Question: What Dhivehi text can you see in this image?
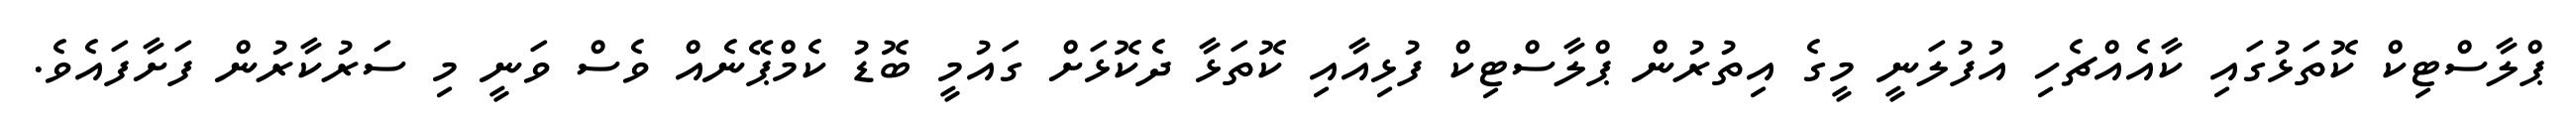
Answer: ޕްލާސްޓިކް ކޮތަޅުގައި ކާއެއްޗެހި އުފުލަނީ މީގެ އިތުރުން ޕްލާސްޓިކް ފުޅިއާއި ކޮތަޅާ ދެކޮޅަށް ގައުމީ ބޮޑު ކެމްޕޭނެއް ވެސް ވަނީ މި ސަރުކާރުން ފަށާފައެވެ.